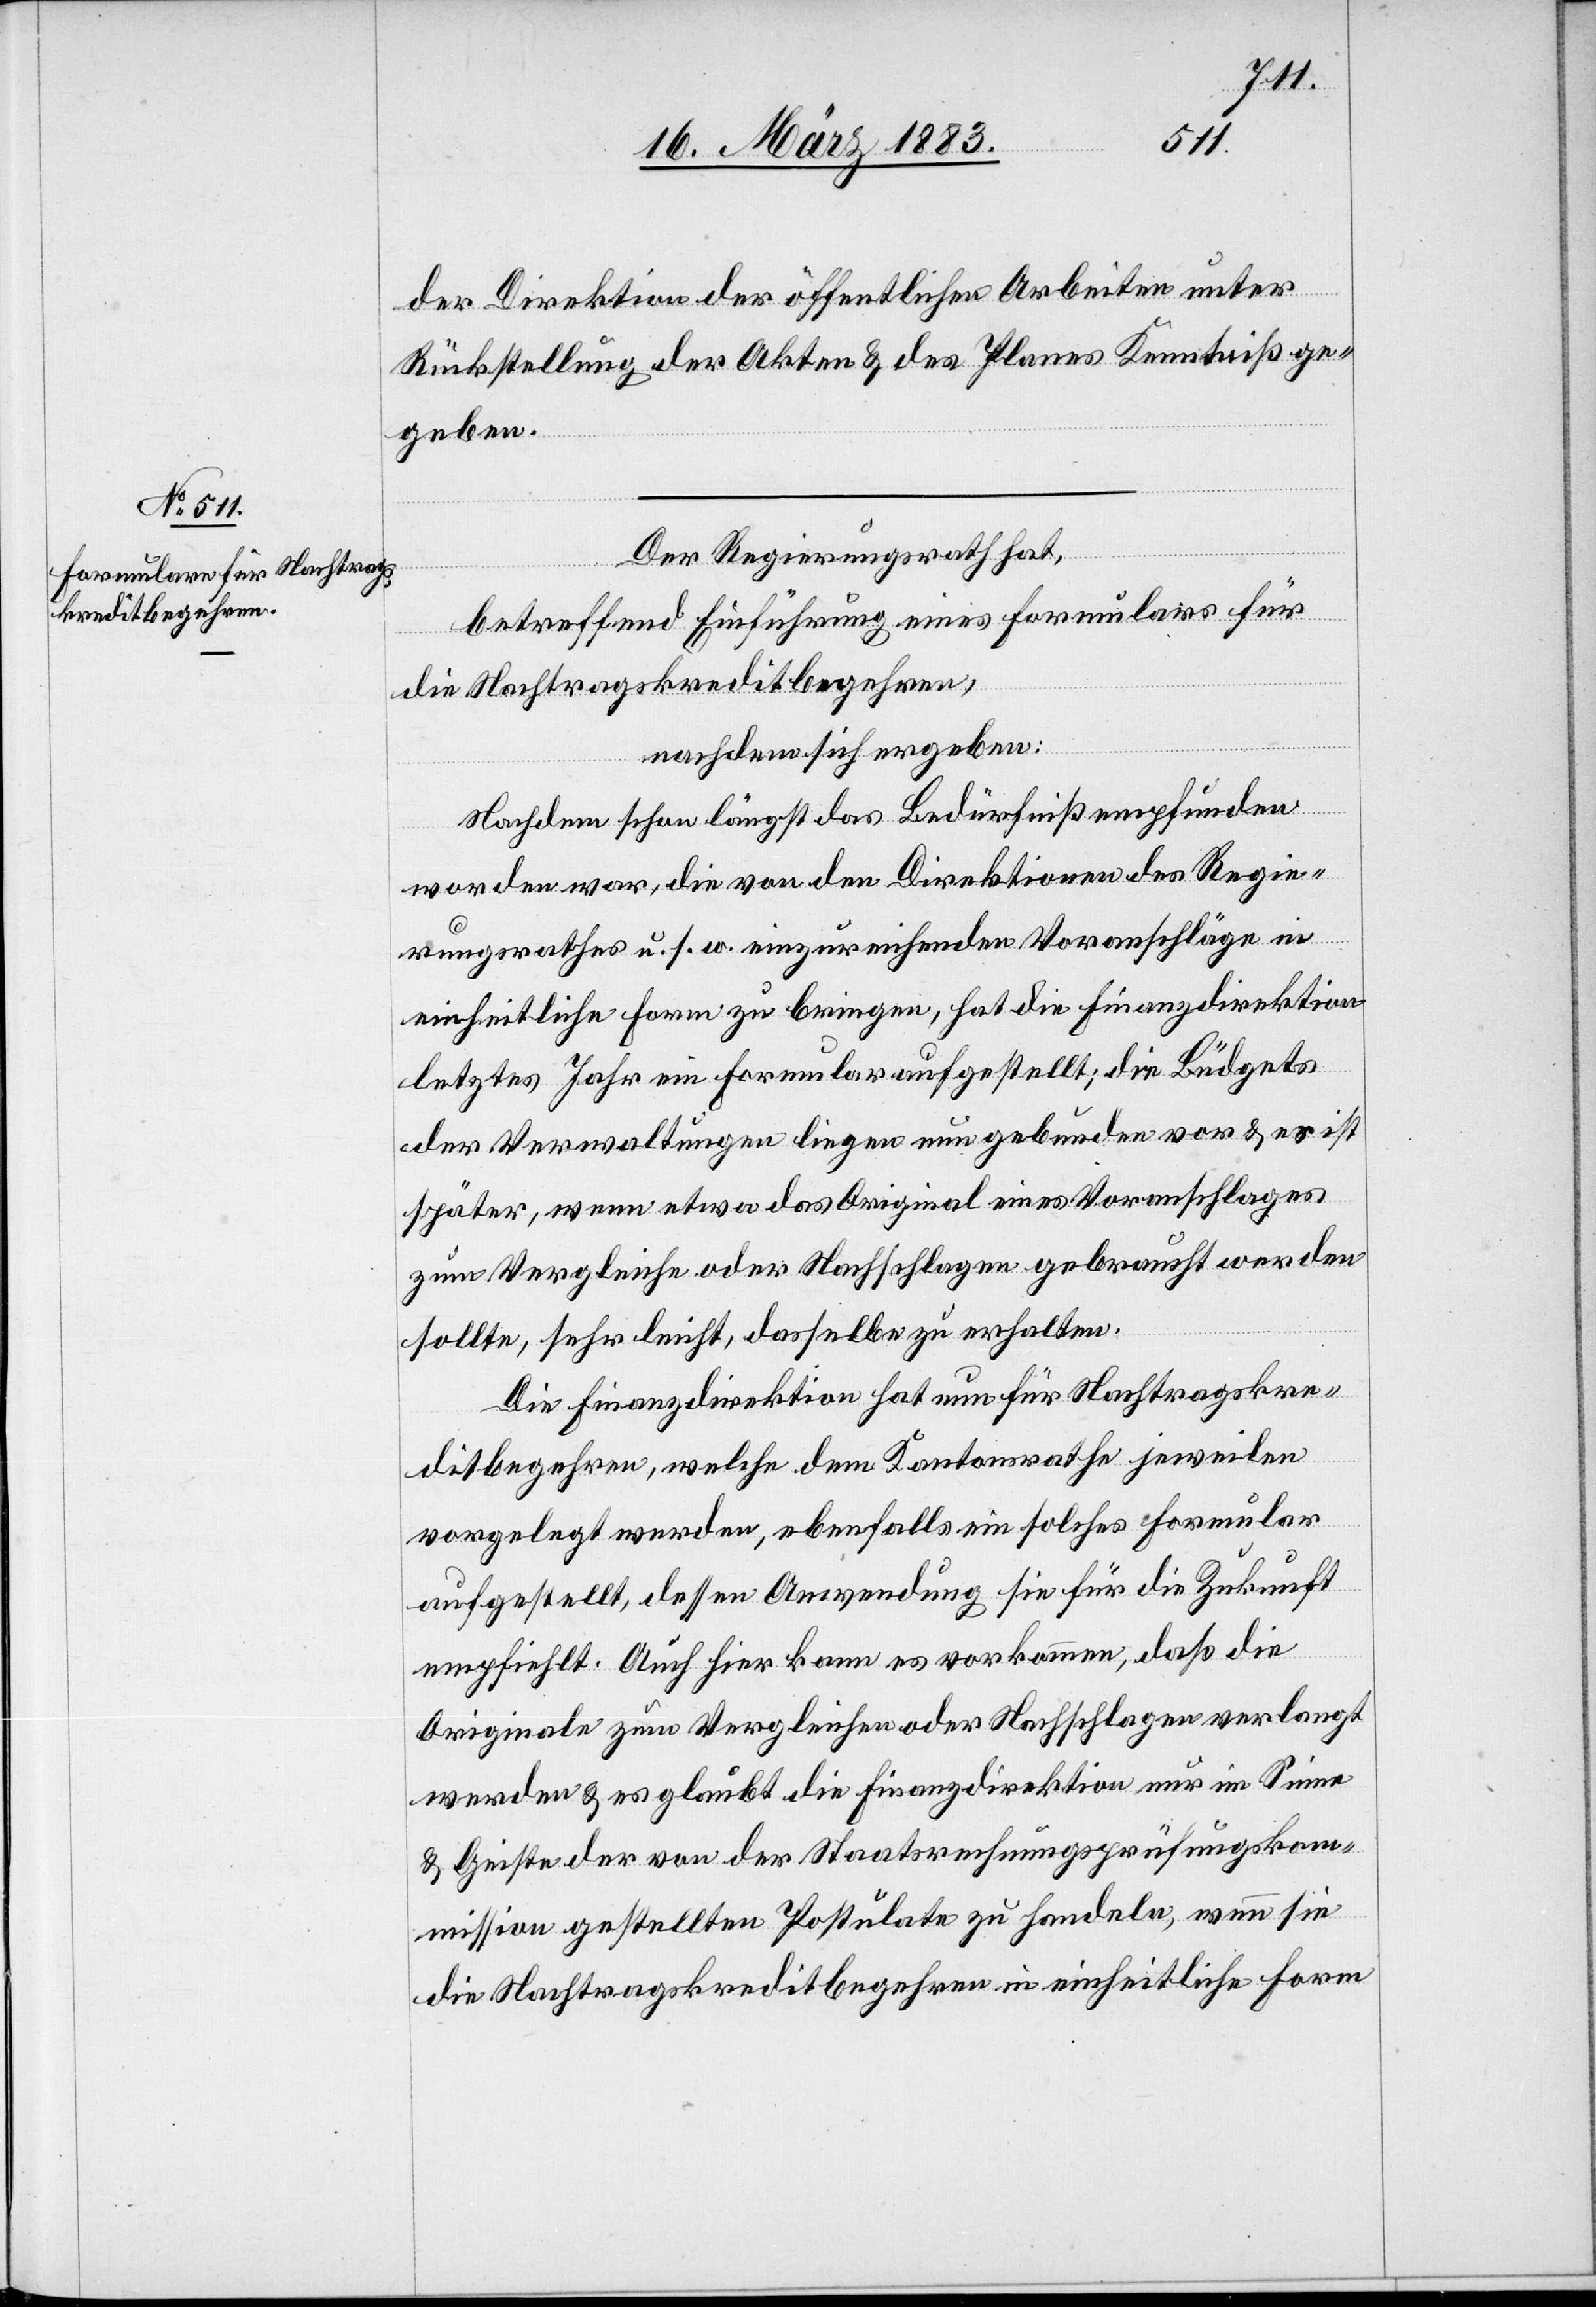
II.
die Direktion der öffentlichen Arbeiten in
Fixpunktes
Be-
auf